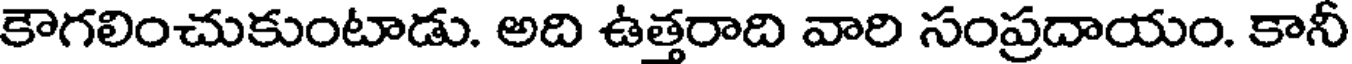
కౌగలించుకుంటాడు. అది ఉత్తరాది వారి సంప్రదాయం. కానీ